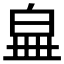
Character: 𤽧